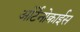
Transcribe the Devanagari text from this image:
ओर्टेनोक्राईस